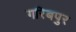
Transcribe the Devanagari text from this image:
गरिबपुर